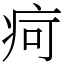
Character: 疴